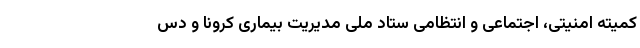
کمیته امنیتی، اجتماعی و انتظامی ستاد ملی مدیریت بیماری کرونا و دس